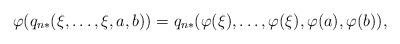
LaTeX: \begin{align*}\varphi(q_{n*}(\xi, \ldots, \xi, a ,b)) = q_{n*}(\varphi(\xi), \ldots, \varphi(\xi),\varphi(a),\varphi(b)),\end{align*}